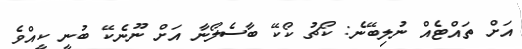
އަށް ތައްޓެއް ނުލިބޭނެ: ކޯޗު ކޯކޭ ބާސެލޯނާ އަށް ނޫނެކޭ ބުނީ ކީއްވެ